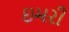
ઇમરી